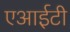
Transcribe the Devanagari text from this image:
एआईटी